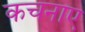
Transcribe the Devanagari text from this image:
कचनाए